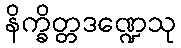
နိက္ခိတ္တဒဏ္ဍေသု